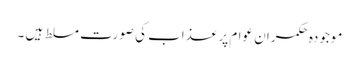
موجودہ حکمران عوام پر عذاب کی صورت مسلط ہیں ۔